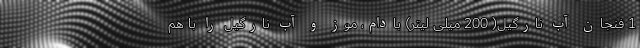
1 فنجان آب نارگیل( 200 میلی لیتر) بادام، موز و آب نارگیل را با هم